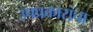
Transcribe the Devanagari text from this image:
उपप्रकारांचा